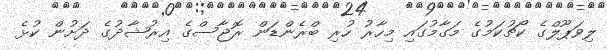
ލިވަޕޫލްގެ ކޯޗުކަމުގެ މަގާމުގައި މިހާރު ހުރި ބްރެންޑަން ރޮޖާސްގެ އިރުޝާދުގެ ދަށުން ކުޅެ